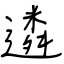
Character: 遴